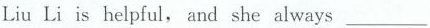
Liu Li is helpful, and she always___